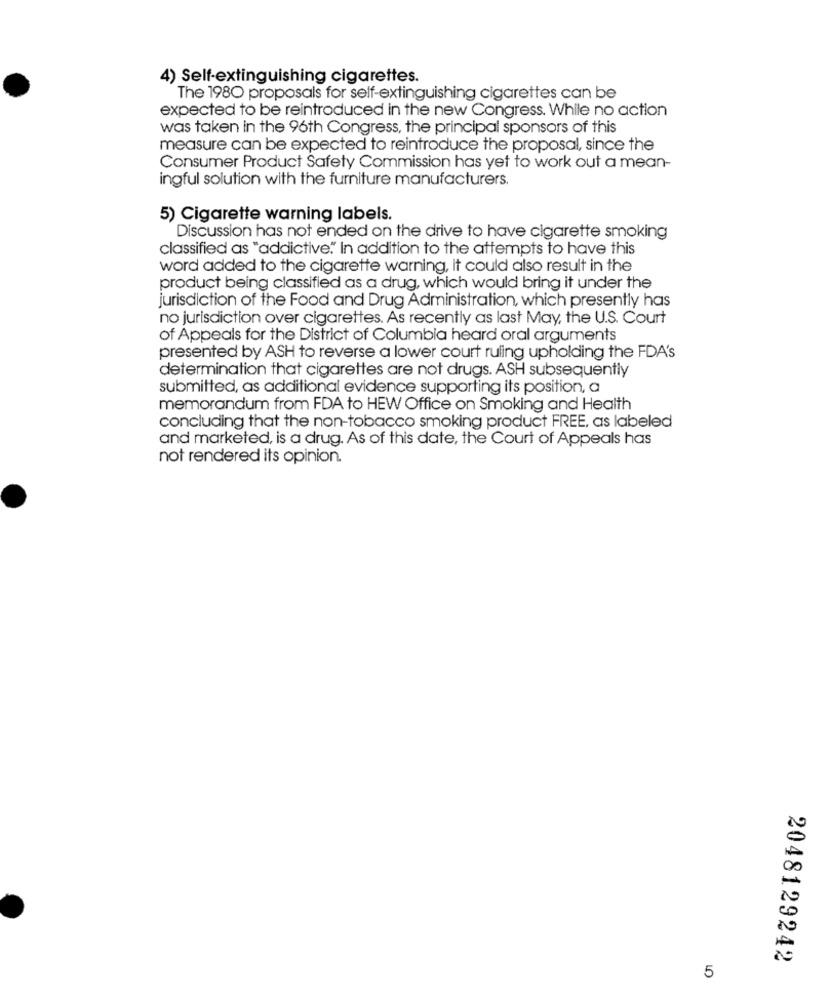
4) Self-extinguishing cigarettes.
The 1980 proposals for self-extinguishing cigarettes can be
expected to be reintroduced in the new Congress. While no action
was taken in the 96th Congress, the principal sponsors of this
measure can be expected to reintroduce the proposal, since the
Consumer Product Safety Commission has yet to work out a mean-
ingful solution with the furniture manufacturers.
5) Cigarette warning labels.
Discussion has not ended on the drive to have cigarette smoking
classified as "addictive." In addition to the attempts to have this
word added to the cigarette warning, it could also result in the
product being classified as a drug, which would bring it under the
jurisdiction of the Food and Drug Administration, which presently has
no jurisdiction over cigarettes. As recently as last May, the U.S. Court
of Appeals for the District of Columbia heard oral arguments
presented by ASH to reverse a lower court ruling upholding the FDA's
determination that cigarettes are not drugs. ASH subsequently
submitted, as additional evidence supporting its position, a
memorandum from FDA to HEW Office on Smoking and Health
concluding that the non-tobacco smoking product FREE, as labeled
and marketed, is a drug. As of this date, the Court of Appeals has
not rendered its opinion.
2048129242
5